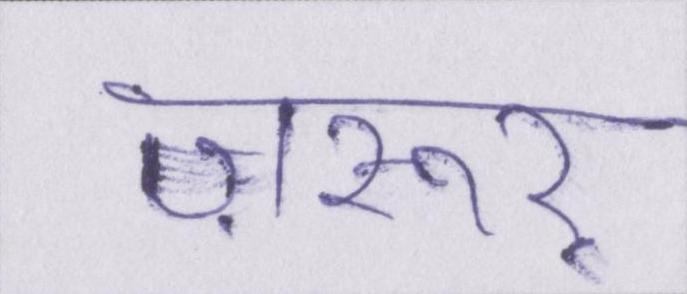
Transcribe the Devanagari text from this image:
ज़रूर